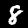
Digit: 8